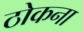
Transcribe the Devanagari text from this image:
ठोकना